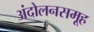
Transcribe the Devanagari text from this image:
अंदोलनसमूह